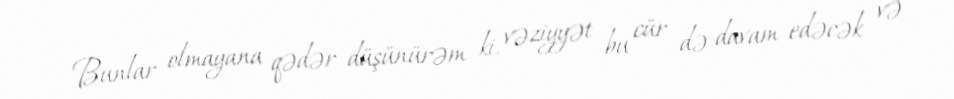
Bunlar olmayana qədər düşünürəm ki, vəziyyət bu cür də davam edəcək və